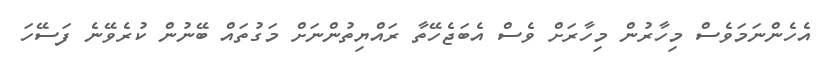
އެހެންނަމަވެސް މިހާރުން މިހާރަށް ވެސް އެބަޖެހޭތާ ރައްޔިތުންނަށް މަގުތައް ބޭނުން ކުރެވޭނެ ފަސޭހަ